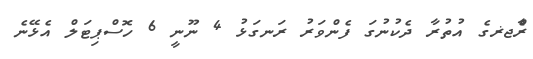
ރާެްޖޜގެ އުތުރާ ދެކުނުގަ ފެންވަރު ރަނގަޅު 4 ނޫނީ 6 ހޮސްޕިޓަލް އެޅޭނެ